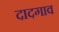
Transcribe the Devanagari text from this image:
दादगाव